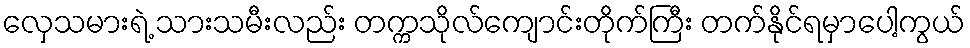
လှေသမားရဲ့ သားသမီးလည်း တက္ကသိုလ်ကျောင်းတိုက်ကြီး တက်နိုင်ရမှာပေါ့ကွယ်